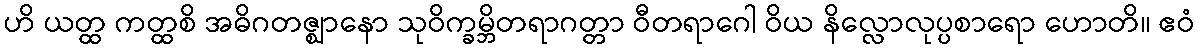
ဟိ ယတ္ထ ကတ္ထစိ အဓိဂတဇ္ဈာနော သုဝိက္ခမ္ဘိတရာဂတ္တာ ဝီတရာဂေါ ဝိယ နိလ္လောလုပ္ပစာရော ဟောတိ။ ဧဝံ